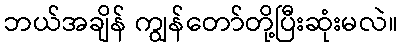
ဘယ်အချိန် ကျွန်တော်တို့ပြီးဆုံးမလဲ။